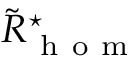
\tilde { R } _ { \mathrm { ~ h ~ o ~ m ~ } } ^ { \star }